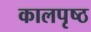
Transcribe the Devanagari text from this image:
कालपृष्ठ